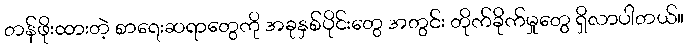
တန်ဖိုးထားတဲ့ စာရေးဆရာတွေကို အခုနှစ်ပိုင်းတွေ အတွင်း တိုက်ခိုက်မှုတွေ ရှိလာပါတယ်။